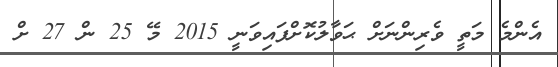
އެންމެ މަތީ ވެރިންނަށް ޙަވާލުކޮށްފައިވަނީ 2015 މޭ 25 ން 27 ށް